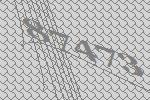
87473